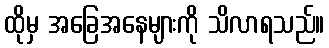
ထိုမှ အခြေအနေများကို သိလာရသည်။